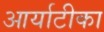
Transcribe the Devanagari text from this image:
आर्याटीका